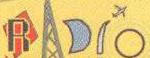
RADIO